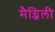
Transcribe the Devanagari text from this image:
मैग्जिली